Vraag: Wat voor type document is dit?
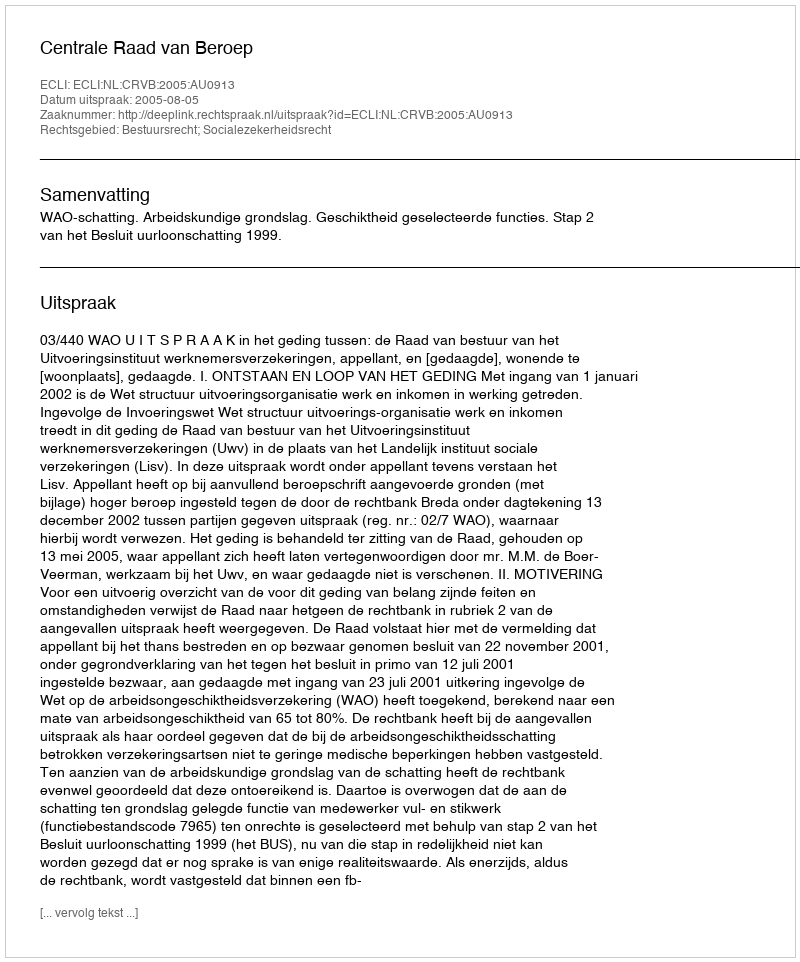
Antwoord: Uitspraak